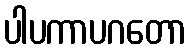
ပါပကာပဂတော